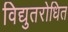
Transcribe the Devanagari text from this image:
विद्युतरोधित